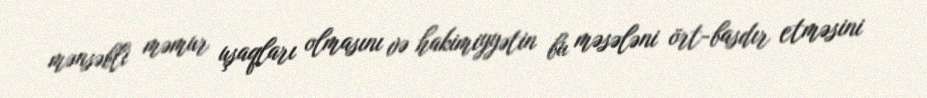
mənsəbli məmur uşaqları olmasını və hakimiyyətin bu məsələni ört-basdır etməsini